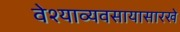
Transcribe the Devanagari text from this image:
वेश्याव्यवसायासारखे